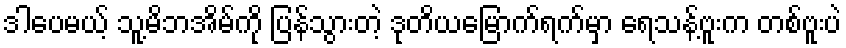
ဒါပေမယ့် သူ့မိဘအိမ်ကို ပြန်သွားတဲ့ ဒုတိယမြောက်ရက်မှာ ရေသန့်ဗူးက တစ်ဗူးပဲ